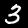
Digit: 3